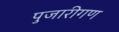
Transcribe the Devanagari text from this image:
पुजारीगण